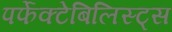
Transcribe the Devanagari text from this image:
पर्फेक्टेबिलिस्ट्स